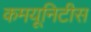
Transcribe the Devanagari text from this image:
कमयूनिटीस